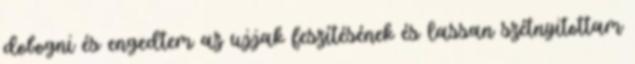
dobogni és engedtem az ujjak feszítésének és lassan szétnyitottam